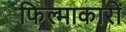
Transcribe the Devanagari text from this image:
फिल्माकारों